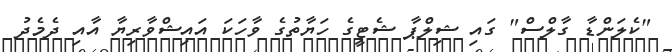
"ކެލަންޑާ ގާލްސް" ގައި ޝިލްޕާ ޝެޓީގެ ހަޔާތުގެ ވާހަކަ އައިޝްވާރިޔާ އާއި ދެމެދު